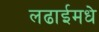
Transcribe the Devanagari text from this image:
लढाईमधे